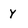
Character: y